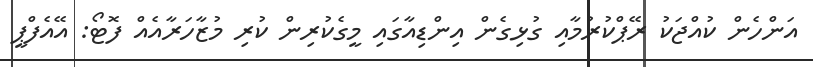
އަންހެން ކުއްޖަކު ރޭޕްކުރުމާއި ގުޅިގެން އިންޑިއާގައި މީގެކުރިން ކުރި މުޒާހަރާއެއް ފޮޓޯ: އޭއެފްޕީ